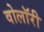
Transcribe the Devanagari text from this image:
वोलॉरी